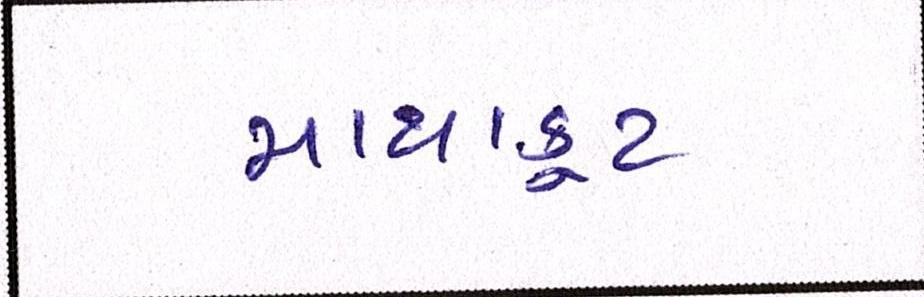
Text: માથાકૂટ